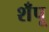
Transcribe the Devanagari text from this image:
शँपू